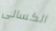
الكسالى